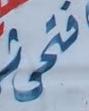
فنى